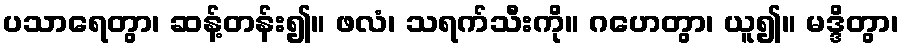
ပသာရေတွာ၊ ဆန့်တန်း၍။ ဖလံ၊ သရက်သီးကို။ ဂဟေတွာ၊ ယူ၍။ မဒ္ဒိတွာ၊